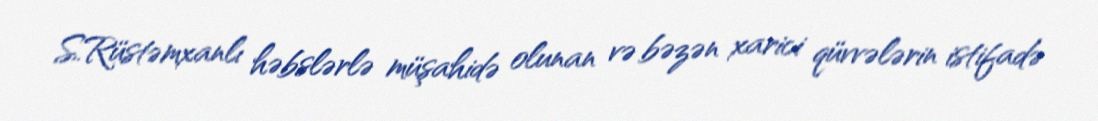
S.Rüstəmxanlı həbslərlə müşahidə olunan və bəzən xarici qüvvələrin istifadə